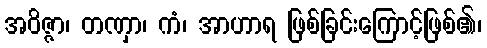
အဝိဇ္ဇာ၊ တဏှာ၊ ကံ၊ အာဟာရ ဖြစ်ခြင်းကြောင့်ဖြစ်၏၊